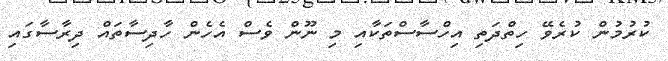
ކުރުމުން ކުރެވޭ ހިތްދަތި އިހްސާސްތަކާއި މި ނޫން ވެސް އެހެން ހާދިސާތައް ދިރާސާގައި